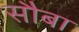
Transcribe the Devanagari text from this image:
सौबा